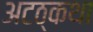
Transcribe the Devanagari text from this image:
अटठ्कथा